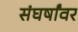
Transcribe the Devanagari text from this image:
संघर्षांवर